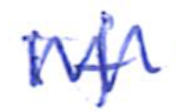
Text: if
Cross-out: zig-zag
Writing tool: ballpoint